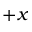
+ x